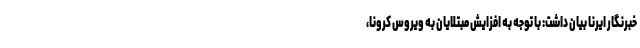
خبرنگار ایرنا بیان داشت: با توجه به افزایش مبتلایان به ویروس کرونا،